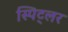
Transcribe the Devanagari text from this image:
स्पिट्लर